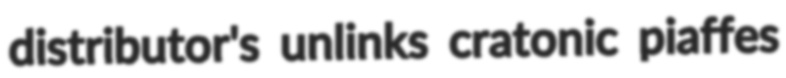
distributor's unlinks cratonic piaffes